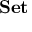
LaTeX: \mathbf { S e t }